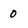
Character: 0